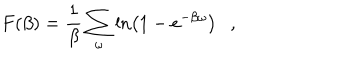
LaTeX: F ( \beta ) = { \frac { 1 } { \beta } } \sum _ { \omega } \ln \left( 1 - e ^ { - \beta \omega } \right) ,